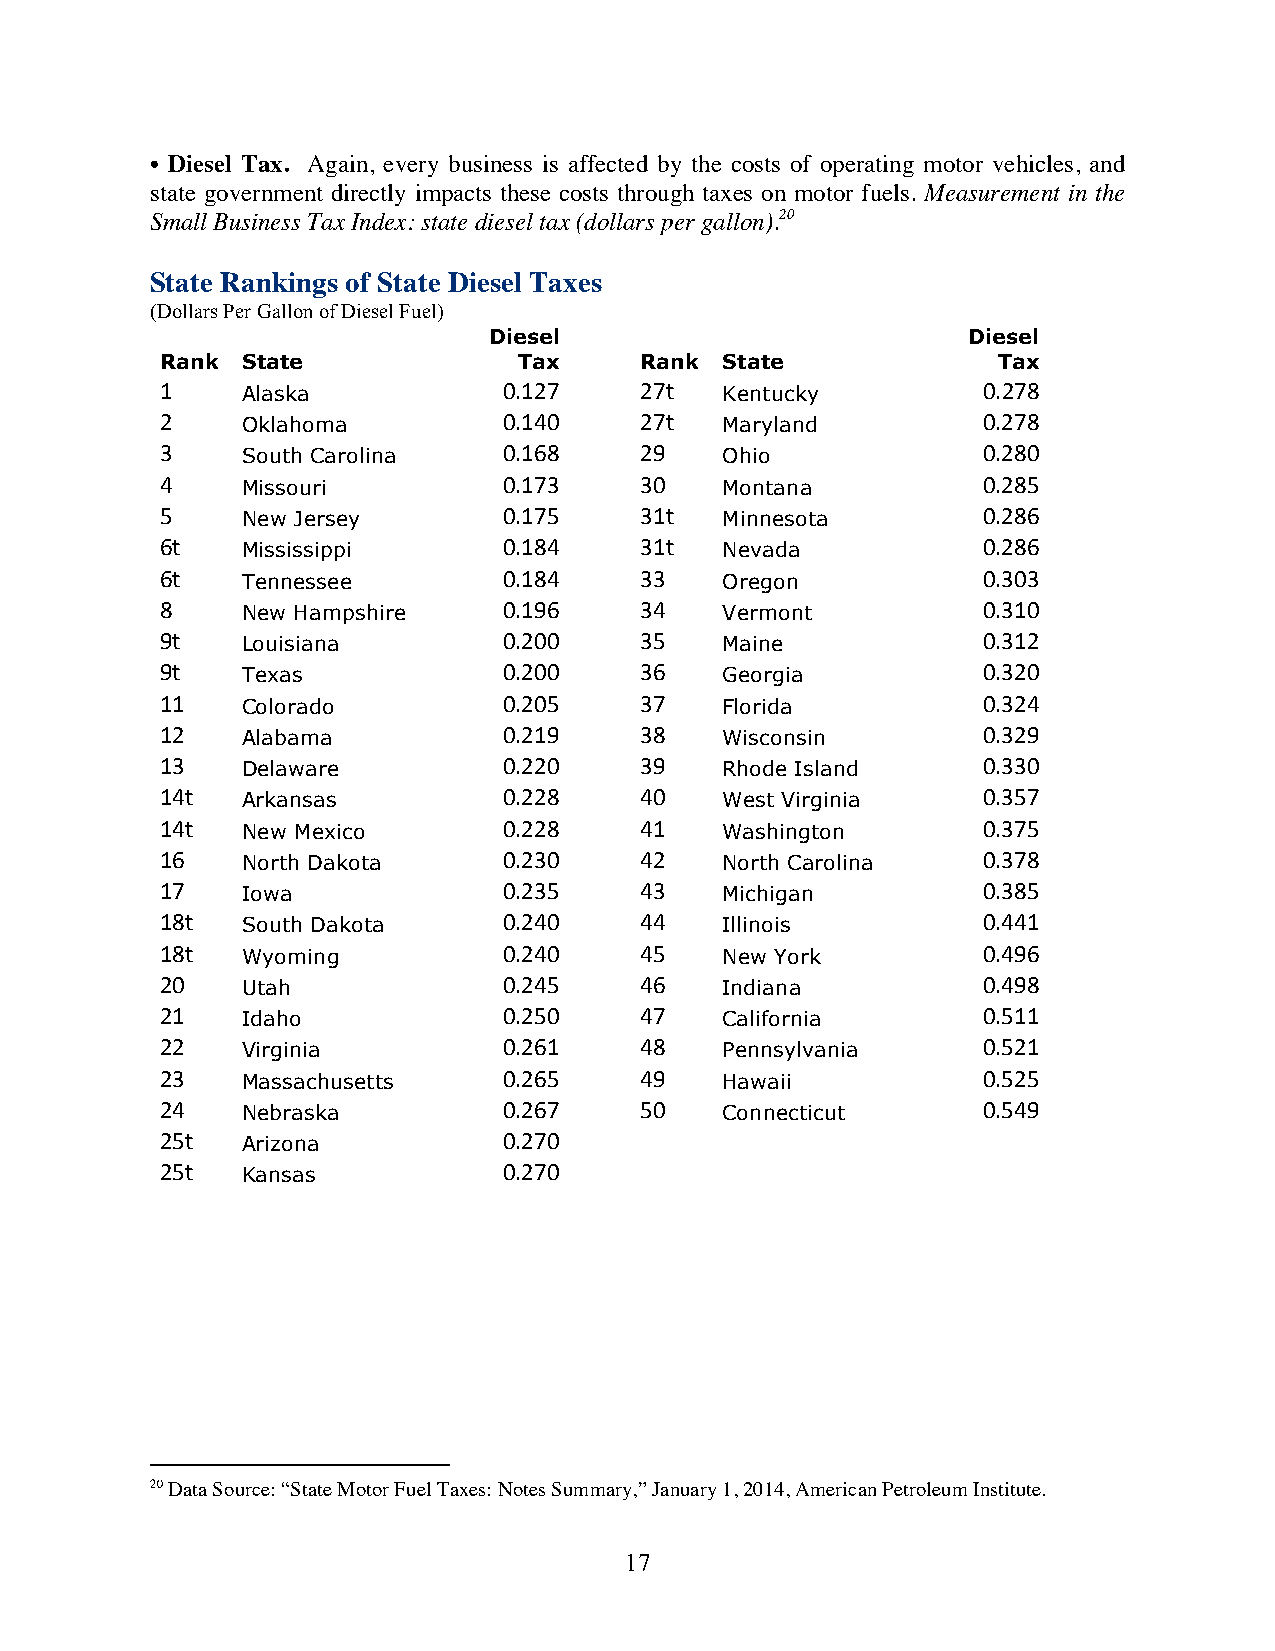
• Diesel Tax. Again, every business is affected by the costs of operating motor vehicles, and
 state government directly impacts these costs through taxes on motor fuels. Measurement in the
 Small Business Tax Index: state diesel tax (dollars per gallon).20
 State Rankings of State Diesel Taxes
 (Dollars Per Gallon of Diesel Fuel)
 Diesel                          Diesel
 Rank State             Tax     Rank  State             Tax
 1    Alaska           0.127    27t   Kentucky         0.278
 2    Oklahoma         0.140    27t   Maryland         0.278
 3    South Carolina   0.168    29    Ohio             0.280
 4    Missouri         0.173    30    Montana          0.285
 5    New Jersey       0.175    31t   Minnesota        0.286
 6t   Mississippi      0.184    31t   Nevada           0.286
 6t   Tennessee        0.184    33    Oregon           0.303
 8    New Hampshire    0.196    34    Vermont          0.310
 9t   Louisiana        0.200    35    Maine            0.312
 9t   Texas            0.200    36    Georgia          0.320
 11   Colorado         0.205    37    Florida          0.324
 12   Alabama          0.219    38    Wisconsin        0.329
 13   Delaware         0.220    39    Rhode Island     0.330
 14t  Arkansas         0.228    40    West Virginia    0.357
 14t  New Mexico       0.228    41    Washington       0.375
 16   North Dakota     0.230    42    North Carolina   0.378
 17   Iowa             0.235    43    Michigan         0.385
 18t  South Dakota     0.240    44    Illinois         0.441
 18t  Wyoming          0.240    45    New York         0.496
 20   Utah             0.245    46    Indiana          0.498
 21   Idaho            0.250    47    California       0.511
 22   Virginia         0.261    48    Pennsylvania     0.521
 23   Massachusetts    0.265    49    Hawaii           0.525
 24   Nebraska         0.267    50    Connecticut      0.549
 25t  Arizona          0.270
 25t  Kansas           0.270
 20 Data Source: “State Motor Fuel Taxes: Notes Summary,” January 1, 2014, American Petroleum Institute.
 17